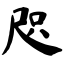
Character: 咫